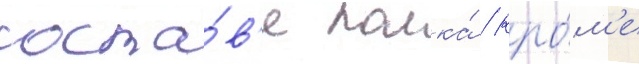
соста́в'е полка́ / кро́м'е